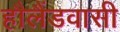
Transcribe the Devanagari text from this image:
हौलैंडवासी